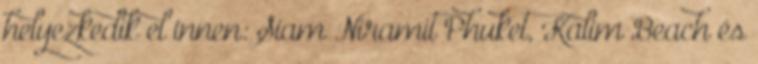
helyezkedik el innen: Siam Niramit Phuket, Kalim Beach és